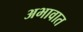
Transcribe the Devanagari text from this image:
अभावात